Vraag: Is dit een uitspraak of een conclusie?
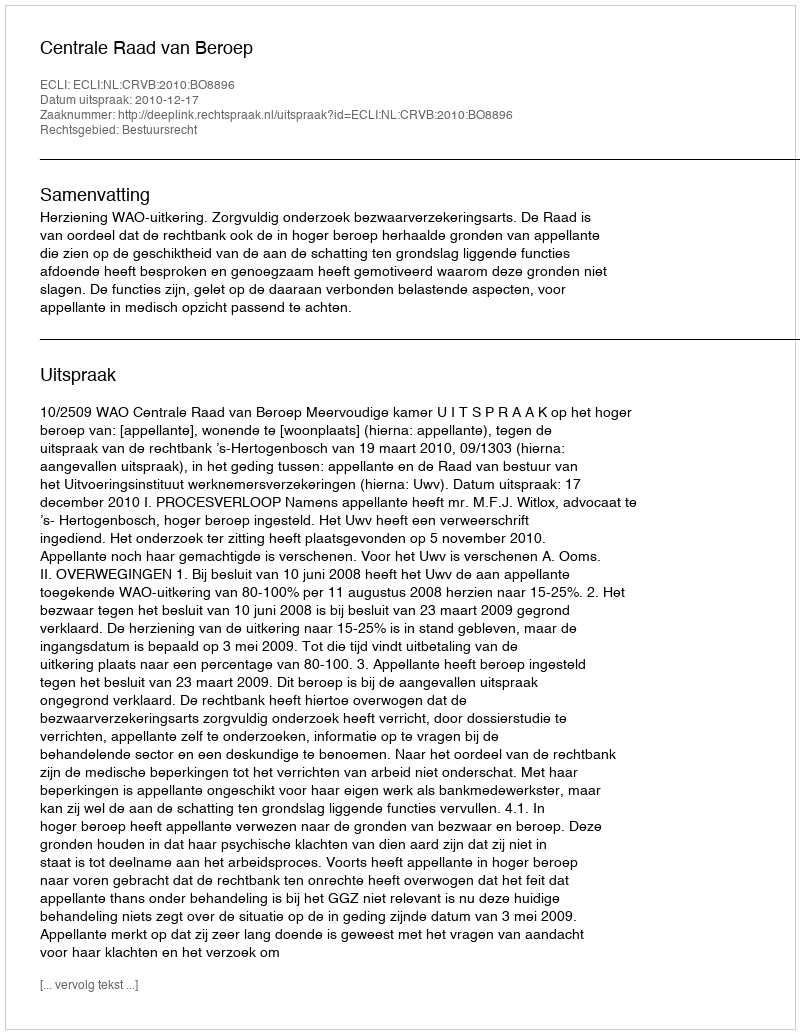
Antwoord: Uitspraak